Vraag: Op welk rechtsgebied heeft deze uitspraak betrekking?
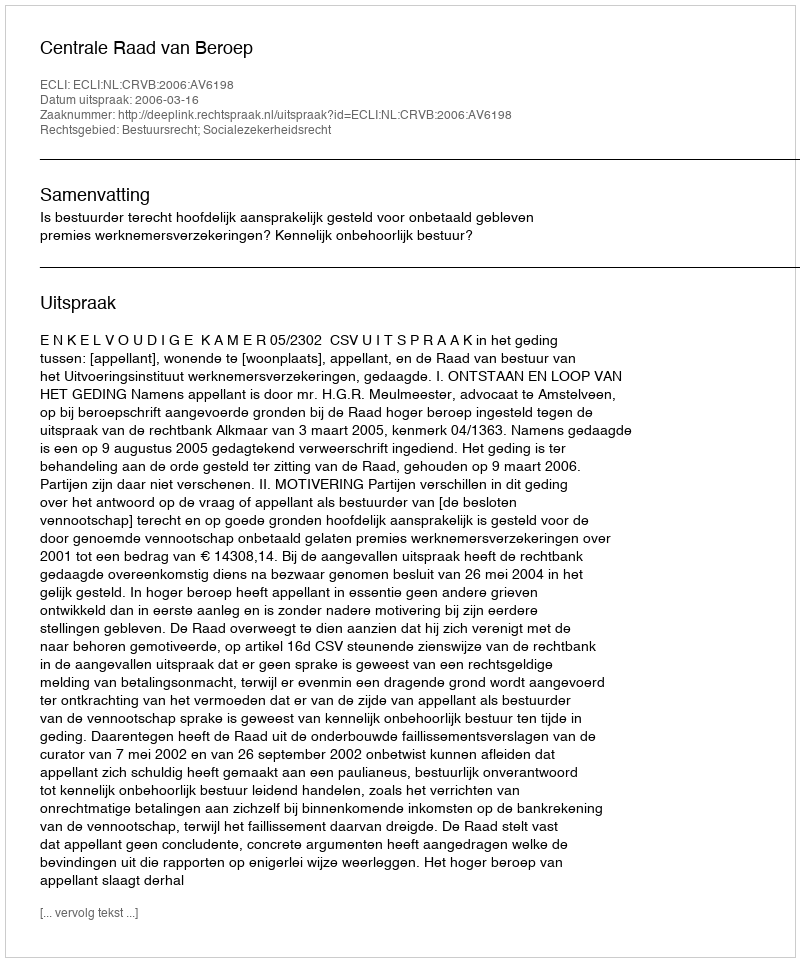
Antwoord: Bestuursrecht; Socialezekerheidsrecht